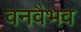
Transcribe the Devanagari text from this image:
वनवैभव